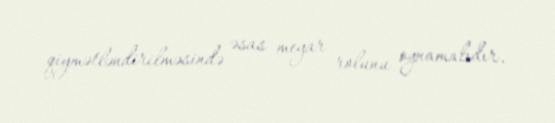
qiymətləndirilməsində əsas meyar rolunu oynamalıdır.